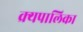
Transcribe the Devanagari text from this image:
क्र्यपालिका